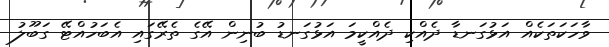
ވާހަކަތަކެއް އަޅުގަނޑާ ދެއްކި ދެއްކީމަ އަޅުގަނޑު ބުނިން އޭގެ ތެރޭގައި އެބަހުއްޓޭ ގަބޫލު